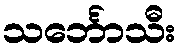
သင်္ဘောသီး